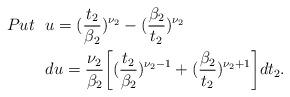
LaTeX: \begin{align*}Put~~ & u=(\frac{t_2}{\beta_2})^{\nu_2}-(\frac{\beta_2}{t_2})^{\nu_2}\\&du=\frac{\nu_2}{\beta_2}\bigg[(\frac{t_2}{\beta_2})^{\nu_2-1}+(\frac{\beta_2}{t_2})^{\nu_2+1}\bigg]dt_2.\end{align*}